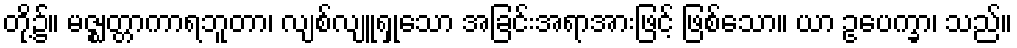
တို့၌။ မဇ္ဈတ္တာကာရဘူတာ၊ လျစ်လျူရှုသော အခြင်းအရာအားဖြင့် ဖြစ်သော။ ယာ ဥပေက္ခာ၊ သည်။